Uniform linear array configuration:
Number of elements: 16
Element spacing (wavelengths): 0.75
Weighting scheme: blackman
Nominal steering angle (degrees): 15
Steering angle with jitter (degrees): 13.519
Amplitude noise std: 0.05
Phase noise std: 0.05

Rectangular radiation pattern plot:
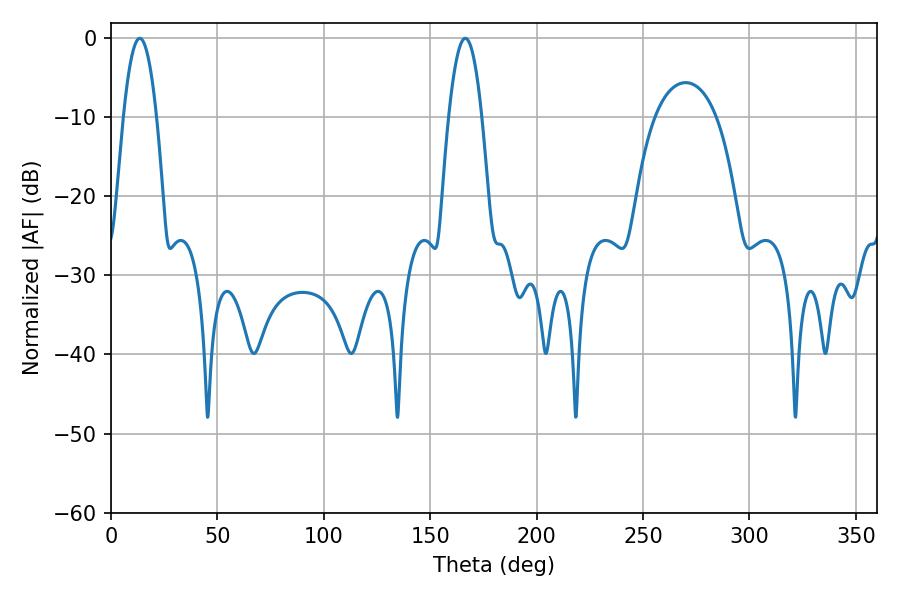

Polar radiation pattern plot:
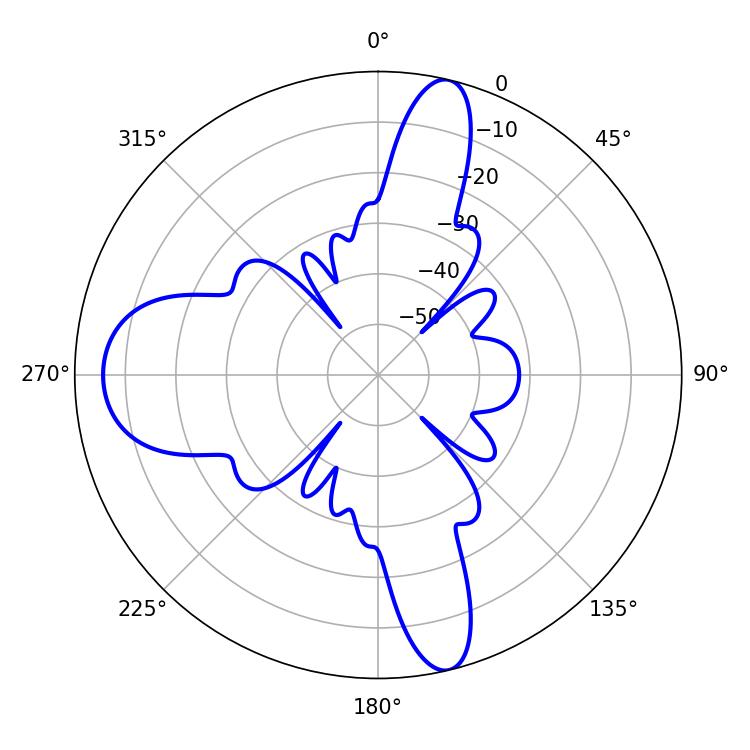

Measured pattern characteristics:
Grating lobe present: TRUE
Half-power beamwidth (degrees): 8.46
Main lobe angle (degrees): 13.5